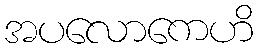
အပလောကေဟိ